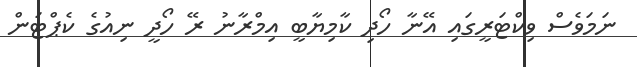
ނަމަވެސް ވިކްޓަރީގައި އޭނާ ހޯދި ކާމިޔާބީ އިމްރާނު ރޭ ހޯދީ ނިއުގެ ކެޕްޓަން